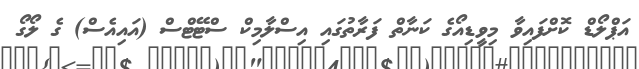
އަޕްލޯޑް ކޮށްފައިވާ މިވީޑިއޯގެ ކަނާތް ފަރާތުގައި އިސްލާމިކް ސްޓޭޓްސް (އައިއެސް) ގެ ލޯގޯ